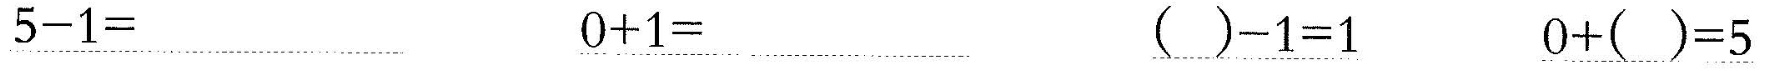
\underline{$$5 - 1 =$$} \underline{$$0 + 1 =$$} \underline{$$( ) - 1 = 1$$} \underline{$$0 + ( ) = 5$$}